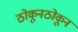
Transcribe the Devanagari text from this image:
ठोकूनठोकून